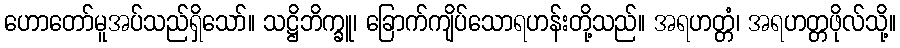
ဟောတော်မူအပ်သည်ရှိသော်။ သဋ္ဌိဘိက္ခူ၊ ခြောက်ကျိပ်သောရဟန်းတို့သည်။ အရဟတ္တံ၊ အရဟတ္တဖိုလ်သို့။